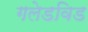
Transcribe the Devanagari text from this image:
गलेडविड